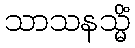
သာသနသ္မိံ